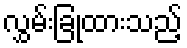
လွှမ်းခြုံထားသည့်